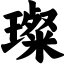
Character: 璨